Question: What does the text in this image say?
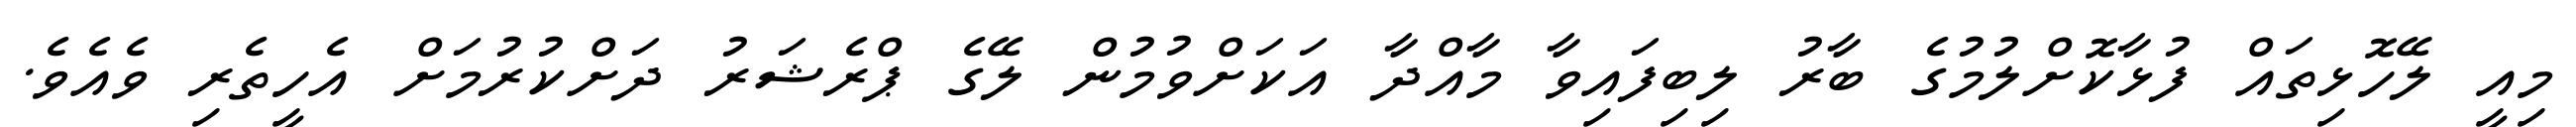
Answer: މިއީ ލޭހޮޅިތައް ފުޅާކޮށްލުމުގެ ބާރު ލިބިފައިވާ މާއްދާ އަކަށްވުމުން ލޭގެ ޕްރެޝަރު ދަށްކުރުމަށް އެހީތެރި ވެއެވެ.